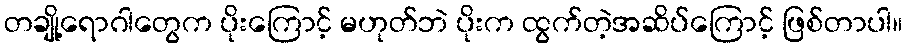
တချို့ရောဂါတွေက ပိုးကြောင့် မဟုတ်ဘဲ ပိုးက ထွက်တဲ့အဆိပ်ကြောင့် ဖြစ်တာပါ။